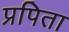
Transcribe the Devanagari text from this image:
प्रपिता